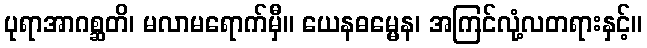
ပုရာအာဂစ္ဆတိ၊ မလာမရောက်မှီ။ ယေနဓမ္မေန၊ အကြင်လုံ့လတရားနှင့်။